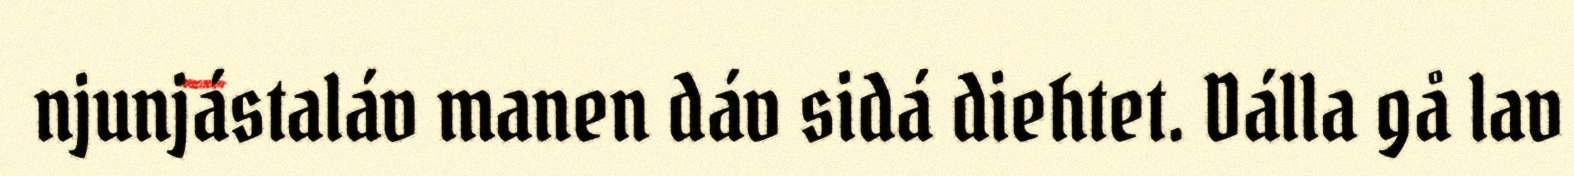
njunjástaláv manen dáv sidá diehtet. Dálla gå lav